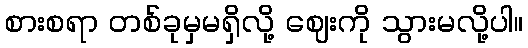
စားစရာ တစ်ခုမှမရှိလို့ ဈေးကို သွားမလို့ပါ။